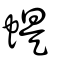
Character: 蝭